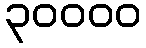
၃၀၀၀၀